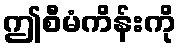
ဤစီမံကိန်းကို